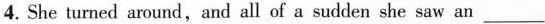
4. She turned around,and all of a sudden she saw an ___